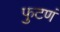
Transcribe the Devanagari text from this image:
फुटणं